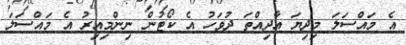
އެ މައްސަލަ މިދިޔަ އާދިއްތަ ދުވަހު އެ ކޯޓުން ނިންމިއިރު އެ މައްސަލަ